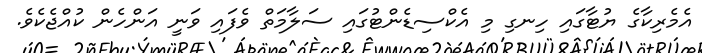
އެމެރިކާގެ ޔުޓާގައި ހިނގި މި އެކްސިޑެންޓުގައި ސަލާމަތް ވެފައި ވަނީ އަންހެން ކުއްޖެކެވެ.